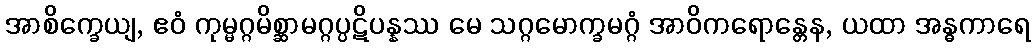
အာစိက္ခေယျ, ဧဝံ ကုမ္မဂ္ဂမိစ္ဆာမဂ္ဂပ္ပဋိပန္နဿ မေ သဂ္ဂမောက္ခမဂ္ဂံ အာဝိကရောန္တေန, ယထာ အန္ဓကာရေ